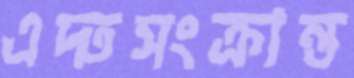
এদ্তসংক্রান্ত